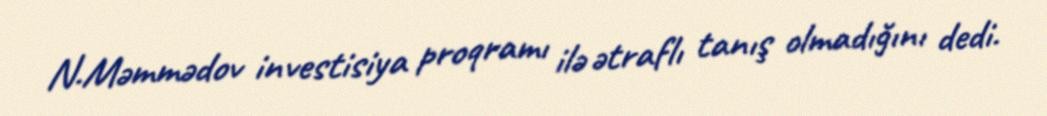
N.Məmmədov investisiya proqramı ilə ətraflı tanış olmadığını dedi.